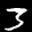
Label: 3